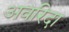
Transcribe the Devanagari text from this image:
अवरिदा